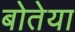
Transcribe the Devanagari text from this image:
बोतेया